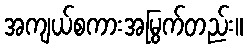
အကျယ်စကားအမြွက်တည်း။